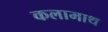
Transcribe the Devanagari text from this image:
कलामाथ